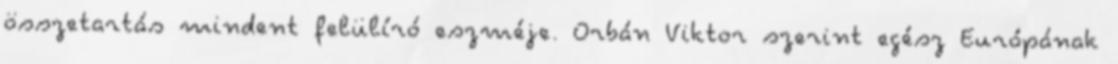
összetartás mindent felülíró eszméje. Orbán Viktor szerint egész Európának